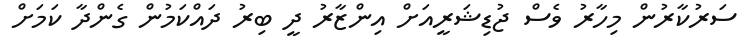
ސަރުކާރުން މިހާރު ވެސް ޖުޑިޝަރީއަށް އިންޒާރު ދީ ބިރު ދައްކަމުން ގެންދާ ކަމަށް